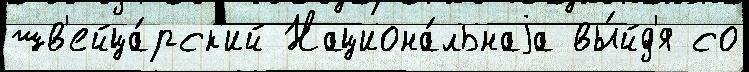
шв'ейца́рск'ий Национа́льнаjа вы́йд'я со